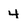
Character: 4